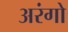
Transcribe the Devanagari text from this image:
अरंगो